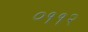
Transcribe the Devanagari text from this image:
०११२